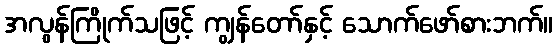
အလွန်ကြိုက်သဖြင့် ကျွန်တော်နှင့် သောက်ဖော်စားဘက်။